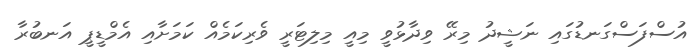
އުސްފަސްގަނޑުގައި ނަޝީދު މިރޭ ވިދާޅުވީ މިއީ މިލިޓަރީ ވެރިކަމެއް ކަމަށާއި އެމްޑީޕީ އަނބުރާ